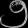
Digit: ၅